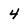
Character: 4